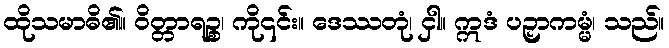
ထိုသမာဓိ၏။ ဝိတ္တာရဉ္စ၊ ကို၎င်း။ ဒေဿတုံ၊ ငှါ။ ဣဒံ ပဉှာကမ္မံ၊ သည်။